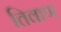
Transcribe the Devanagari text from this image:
तिवाण